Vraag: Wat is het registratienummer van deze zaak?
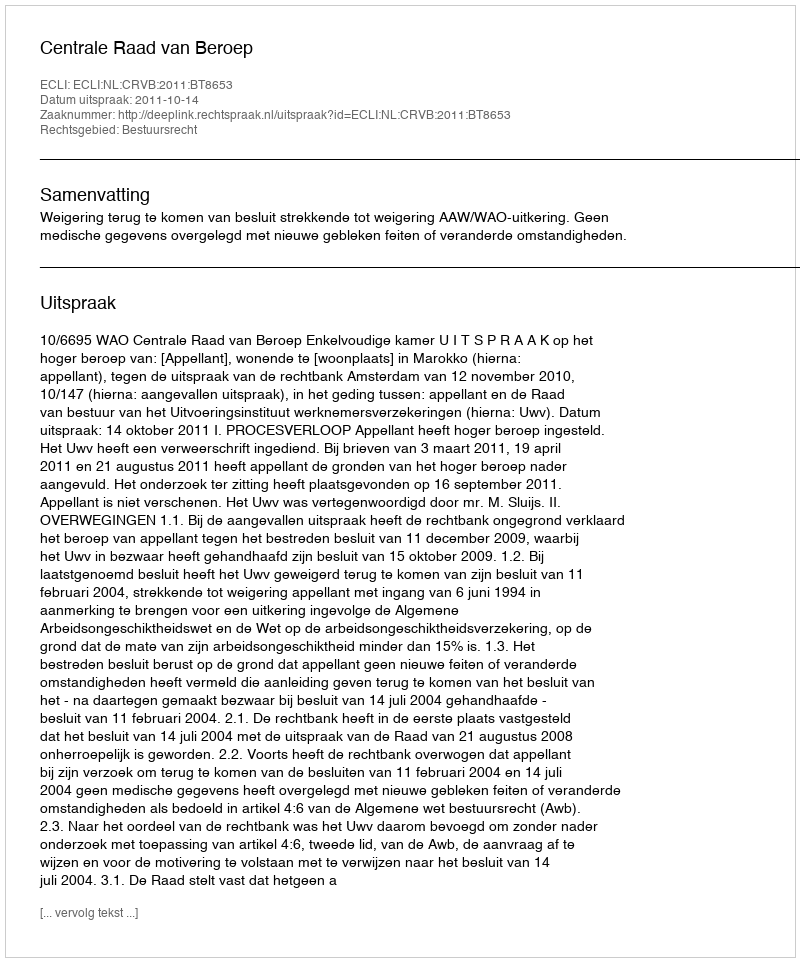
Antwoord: http://deeplink.rechtspraak.nl/uitspraak?id=ECLI:NL:CRVB:2011:BT8653